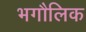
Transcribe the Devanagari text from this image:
भगौलिक